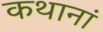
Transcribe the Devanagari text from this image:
कथानां